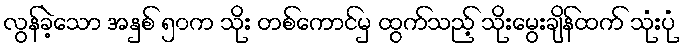
လွန်ခဲ့သော အနှစ် ၅၀က သိုး တစ်ကောင်မှ ထွက်သည့် သိုးမွေးချိန်ထက် သုံးပုံ